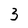
Character: 3